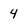
Character: 4